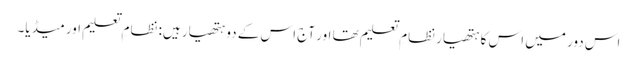
اس دور میں اس کا ہتھیار نظامِ تعلیم تھا اور آج اس کے دو ہتھیار ہیں: نظامِ تعلیم اور میڈیا۔